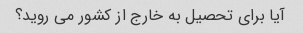
آیا برای تحصیل به خارج از کشور می روید؟